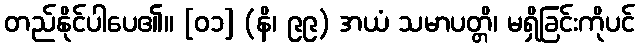
တည်နိုင်ပါပေ၏။ [၀၁] (နိ၊ ၉၉) အယံ သမာပတ္တိ၊ မရှိခြင်းကိုပင်